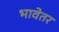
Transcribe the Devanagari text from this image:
भावेतर